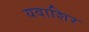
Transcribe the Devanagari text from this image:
यवाशिर